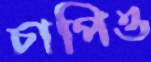
চাপিও